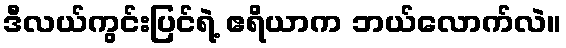
ဒီလယ်ကွင်းပြင်ရဲ့ ဧရိယာက ဘယ်လောက်လဲ။